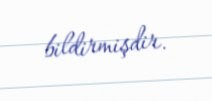
bildirmişdir.